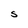
Character: S